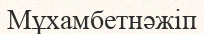
Мұхамбетнәжіп